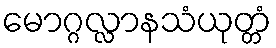
မောဂ္ဂလ္လာနသံယုတ္တံ